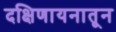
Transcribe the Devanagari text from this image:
दक्षिणायनातून